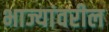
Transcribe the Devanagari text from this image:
भाज्यांवरील